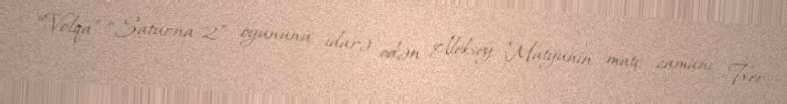
“Volqa”-“Saturna-2” oyununu idarə edən Aleksey Matyunin matç zamanı Tver